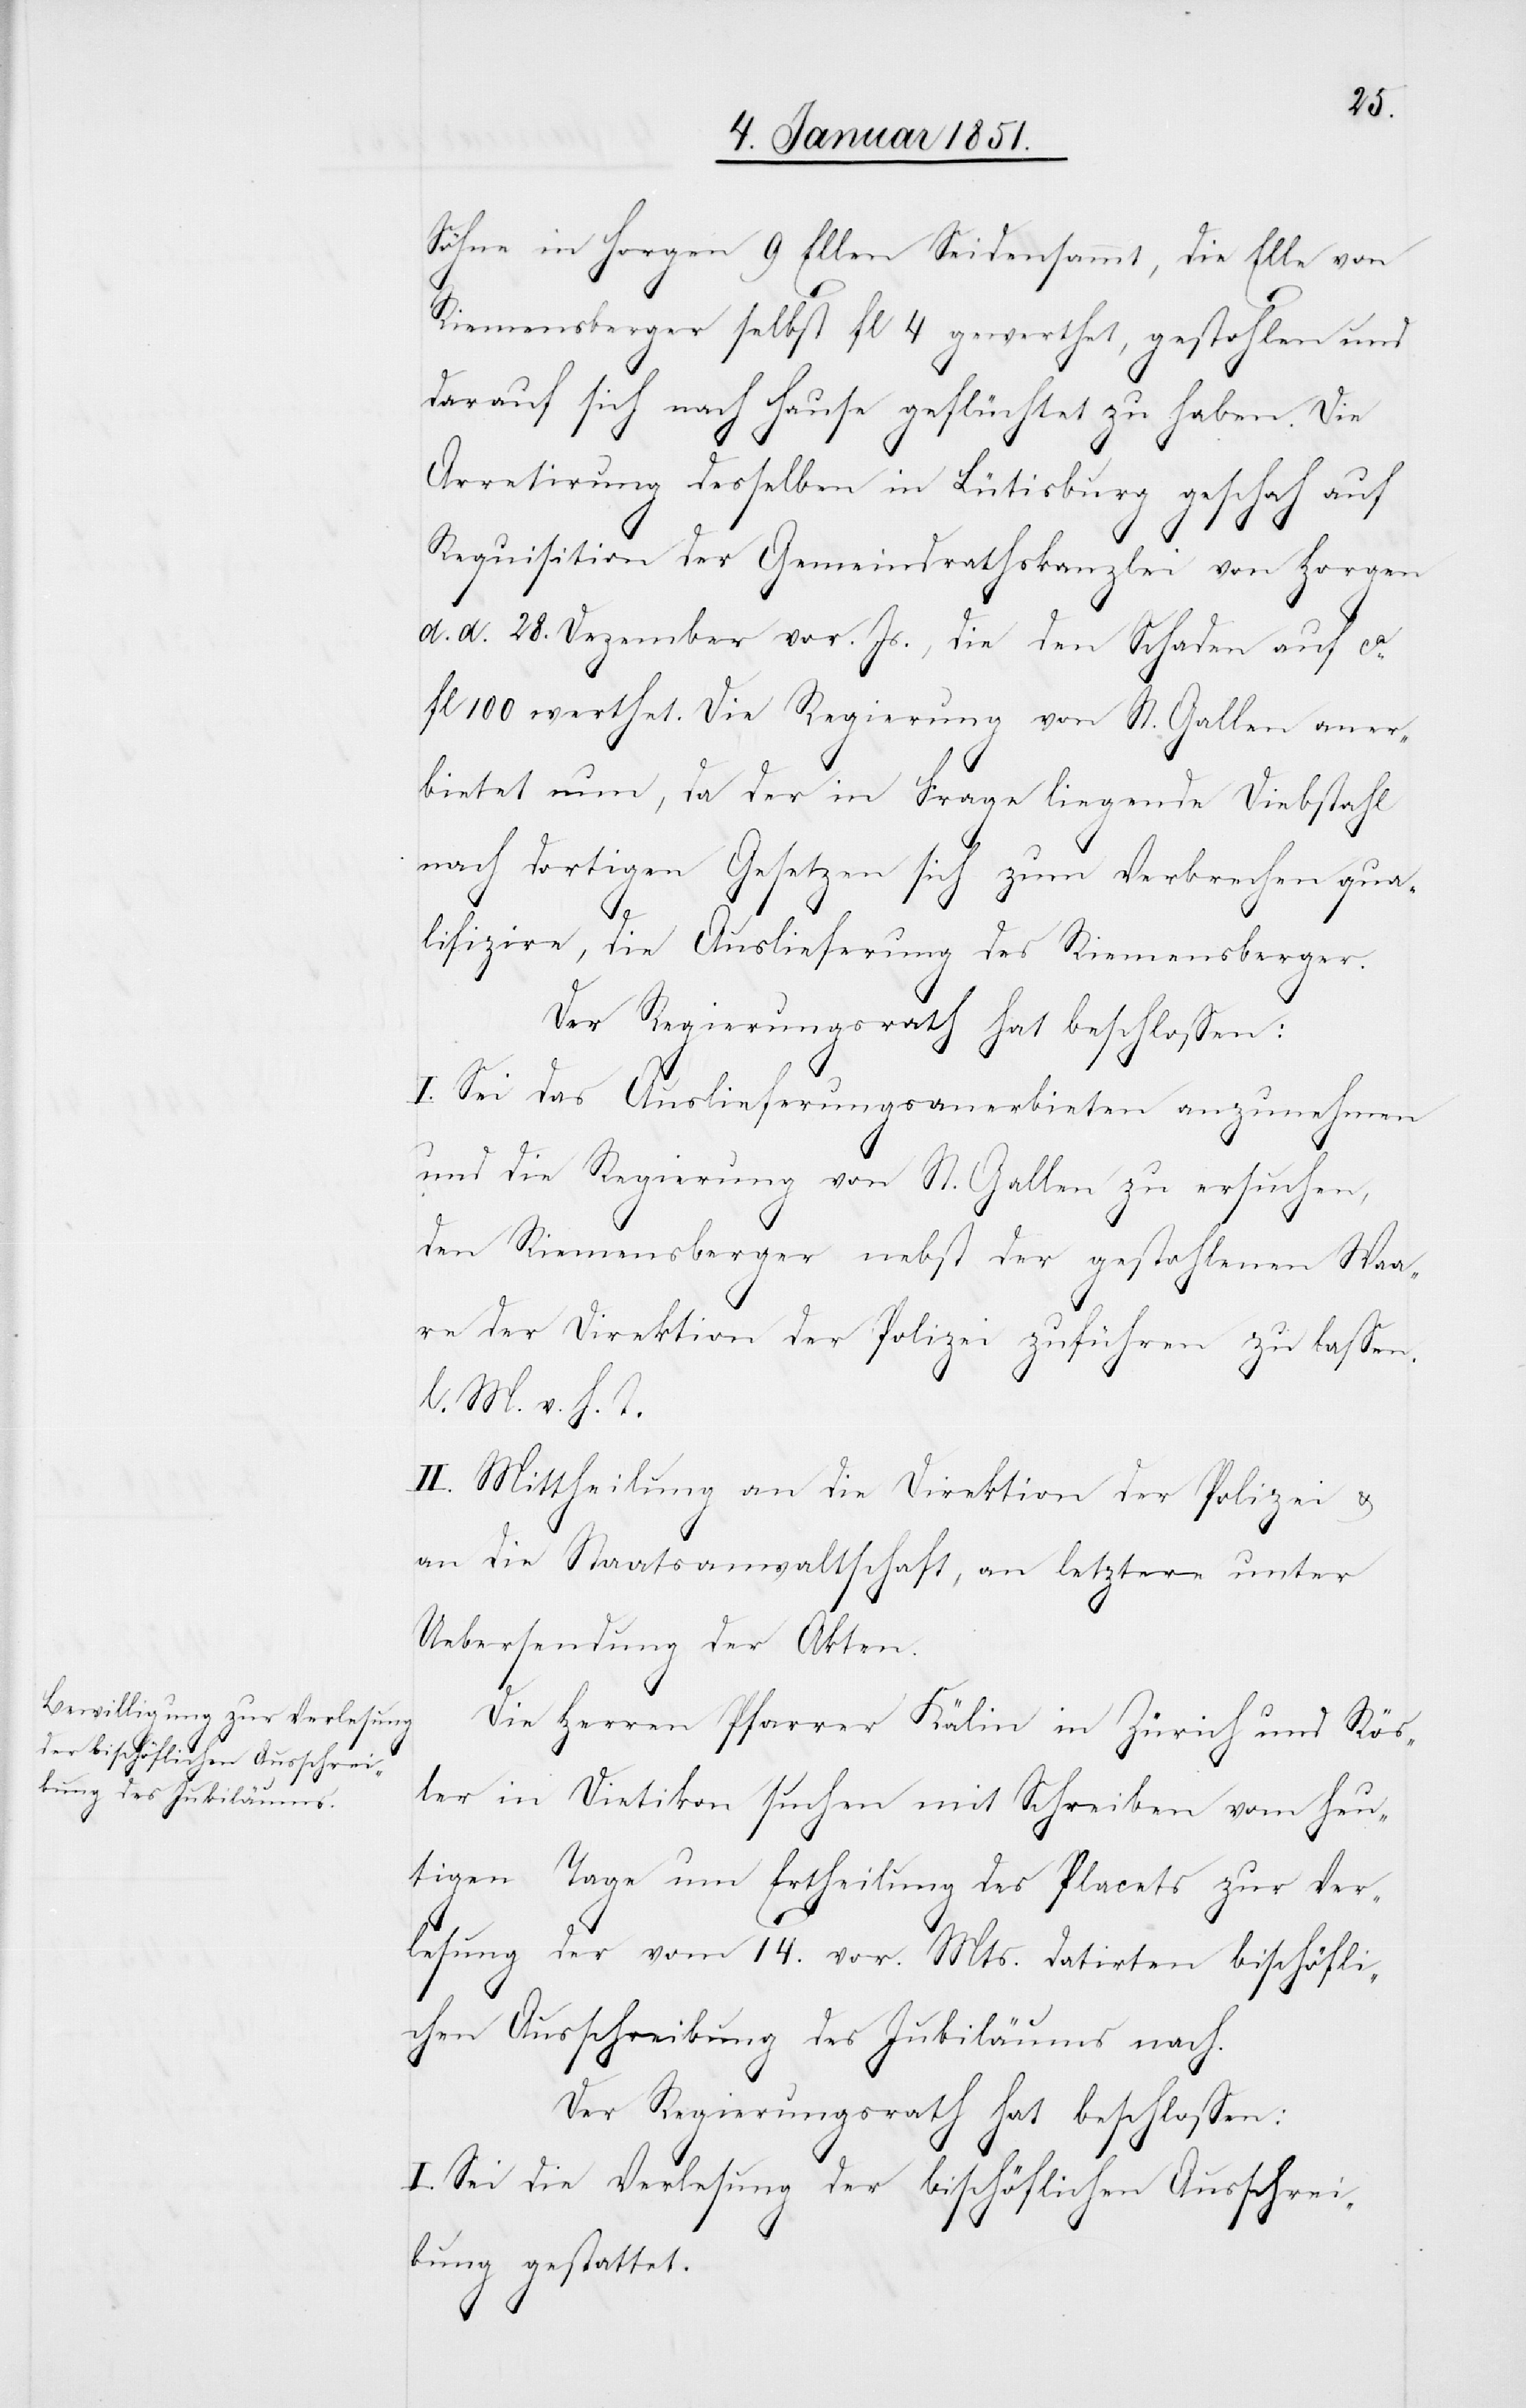
Söhne in Horgen 9 Ellen Seidensammt, die Elle von
Riemensberger selbst fl. 4 gewerthet, gestohlen und
darauf sich nach Hause geflüchtet zu haben. Die
Arretirung desselben in Lütisburg geschah auf
Requisition der Gemeindrathskanzlei von Horgen
d. d. 28. Dezember vor. Js., die den Schaden auf ca.
fl. 100 werthet. Die Regierung von St. Gallen aner¬
bietet nun, da der in Frage liegende Diebstahl
nach dortigen Gesetzen sich zum Verbrechen qua¬
lifizire, die Auslieferung des Riemensberger.
Der Regierungsrath hat beschlossen:
I. Sei das Auslieferungsanerbieten anzunehmen
und die Regierung von St. Gallen zu ersuchen,
den Riemensberger nebst der gestohlenen Waa¬
re der Direktion der Polizei zuführen zu lassen.
l. M. v. h. T.
II. Mittheilung an die Direktion der Polizei &
an die Staatsanwaltschaft, an letztere unter
Uebersendung der Akten.
Die Herren Pfarrer Kälin in Zürich und Rös¬
ler in Dietikon suchen mit Schreiben vom heu¬
tigen Tage um Ertheilung des Placets zur Ver¬
lesung der vom 14. vor. Mts. datirten bischöfli¬
chen Ausschreibung des Jubiläums nach.
Der Regierungsrath hat beschlossen:
I. Sei die Verlesung der bischöflichen Ausschrei¬
bung gestattet.